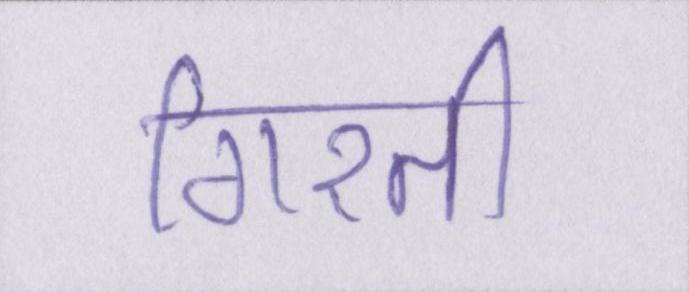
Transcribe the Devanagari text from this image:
गिरती